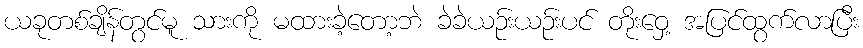
ယခုတစ်ချိန်တွင်မူ သားကို မထားခဲ့တော့ဘဲ ခဲခဲယဉ်းယဉ်းပင် တိုးဝှေ့ အပြင်ထွက်လာပြီး